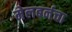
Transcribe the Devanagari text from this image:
मेलबर्नचा